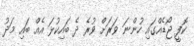
ކޮފީ ޖޯޑެއްގައި ހުންނަ ވަރަށް ވުރެ ދެ ބައިކުޅަ އެއް ބައި މަދު